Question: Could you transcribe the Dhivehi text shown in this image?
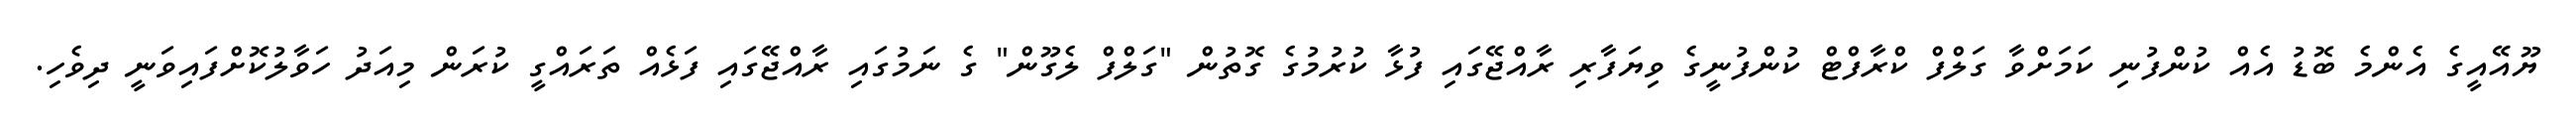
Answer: ޔޫއޭއީގެ އެންމެ ބޮޑު އެއް ކުންފުނި ކަމަށްވާ ގަލްފް ކްރާފްޓް ކުންފުނީގެ ވިޔަފާރި ރާއްޖޭގައި ފުޅާ ކުރުމުގެ ގޮތުން "ގަލްފް ލެގޫން" ގެ ނަމުގައި ރާއްޖޭގައި ފަޅެއް ތަރައްގީ ކުރަން މިއަދު ހަވާލުކޮށްފައިވަނީ ދިވެހި.